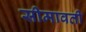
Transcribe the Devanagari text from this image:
सीमावती